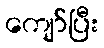
ကျော်ပြီး